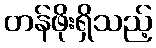
တန်ဖိုးရှိသည့်